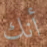
أنك